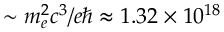
\sim m _ { e } ^ { 2 } c ^ { 3 } / e \hbar \approx 1 . 3 2 \times 1 0 ^ { 1 8 }